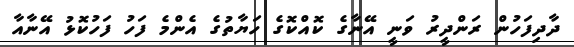
ދާދިފަހުން ރަންދީރު ވަނީ އޭނާގެ ކޮއްކޮގެ ހަޔާތުގެ އެންމެ ފަހު ފަހުކޮޅު އޭނާއާ